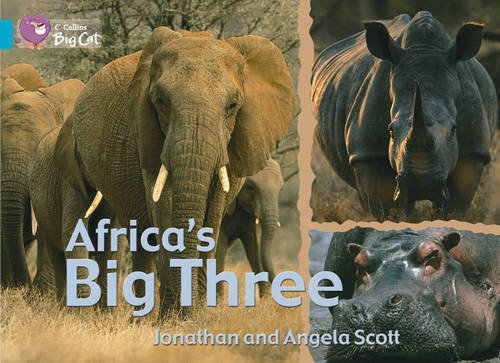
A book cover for AfricaEEs Big Three: Ban/07 Turquoise (Collins Big Cat); Angela Scott; Children's Books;